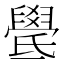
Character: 𣱓